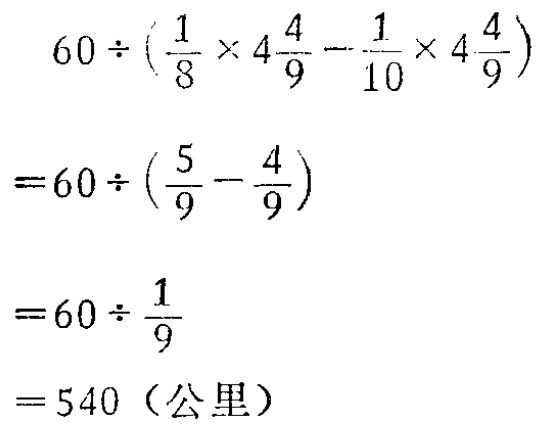
\[

\begin{align*}

&60\div(\frac{1}{8}\times4\frac{4}{9}-\frac{1}{10}\times4\frac{4}{9})\\

=&60\div(\frac{5}{9}-\frac{4}{9})\\

=&60\div\frac{1}{9}\\

=&540（公里）

\end{align*}

\]